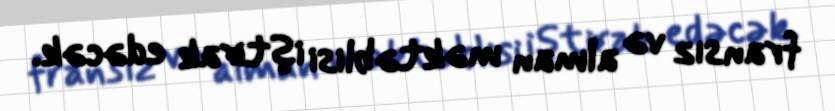
fransız və alman məktəblisi iştirak edəcək.